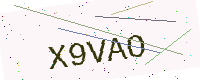
Text: X9VAO